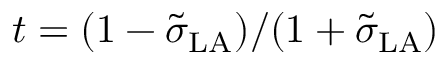
t = ( 1 - \tilde { \sigma } _ { \mathrm { L A } } ) / ( 1 + \tilde { \sigma } _ { \mathrm { L A } } )